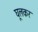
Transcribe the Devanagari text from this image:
घूलकर